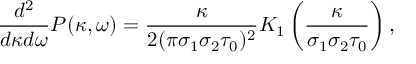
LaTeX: { \frac { d ^ { 2 } } { d \kappa d \omega } } P ( \kappa , \omega ) = { \frac { \kappa } { 2 ( \pi \sigma _ { 1 } \sigma _ { 2 } \tau _ { 0 } ) ^ { 2 } } } K _ { 1 } \left( { \frac { \kappa } { \sigma _ { 1 } \sigma _ { 2 } \tau _ { 0 } } } \right) ,